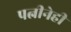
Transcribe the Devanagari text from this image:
पत्नीनेही